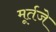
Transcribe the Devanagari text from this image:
मूर्तजे